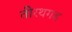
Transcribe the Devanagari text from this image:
तीरथगड